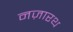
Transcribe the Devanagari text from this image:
नज़ारथ